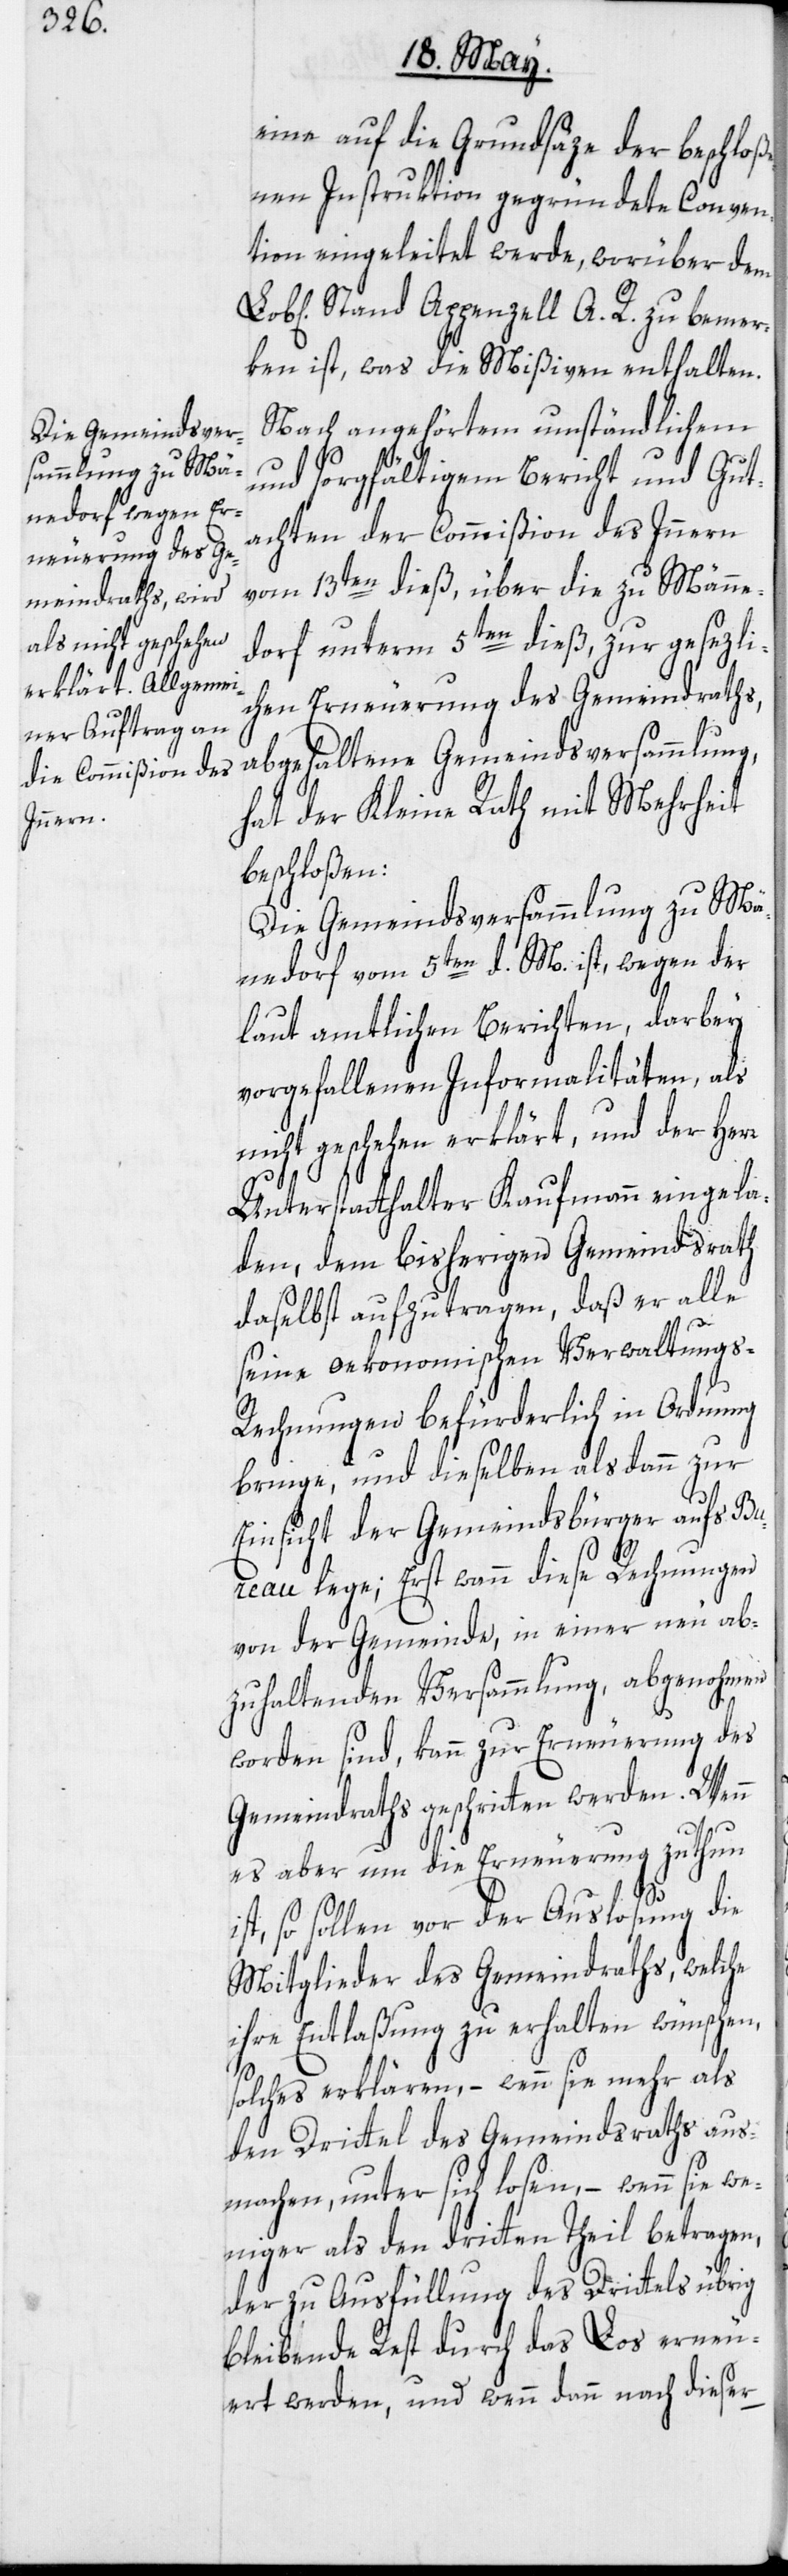
auf die Grundsäze der beschloß¬
enen Instruktion gegründete Conven¬
tion eingeleitet werde, worüber dem
Stand Appenzell A. R. zu bemer¬
ken ist, was die Mißiven enthalten.
Nach angehörtem umständlichem
und sorgfältigem Bericht und Gut¬
achten der Commißion des Innern
vom 13ten dieß, über die zu Männe¬
dorf unterm 5ten dieß, zur gesezli¬
chen Erneuerung des Gemeindraths,
abgehaltene Gemeindsversammlung,
hat der Kleine Rath mit Mehrheit
beschloßen:
Die Gemeindsversammlung zu Mä¬
nedorf vom 5ten d. M. ist, wegen der
laut amtlichen Berichten, darbey
vorgefallenen Informalitäten, als
nicht geschehen erklärt, und der Herr
Unterstatthalter Kaufmann eingela¬
den, dem bisherigen Gemeindsrath
daselbst aufzutragen, daß er alle
seine oekonomischen Verwaltungs-R¬
echnungen befürderlich in Ordnung
bringe, und dieselben alsdann zur
Einsicht der Gemeindsbürger aufs Bu¬
i¬
reau lege; Erst wann diese Rechnungen
von der Gemeinde, in einer neu ab¬
zuhaltenden Versammlung, abgenohmen
worden sind, kann zur Erneuerung des
Gemeindraths geschritten werden. Wenn
es aber um die Erneuerung zu thun
st, so sollen vor der Auslosung die
Mitglieder des Gemeindraths, welche
ihre Entlaßung zu erhalten wünschen,
solches erklären, – wenn sie mehr als
den Drittel des Gemeindsraths aus¬
machen, unter sich losen, – wenn sie we¬
niger als den dritten Theil betragen,
der zu Ausfüllung des Drittels übrig
bleibende Rest durch das Los erneu¬
ert werden, und wenn dann nach dieser